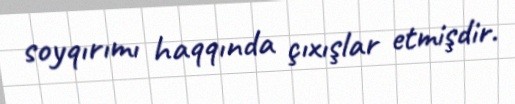
soyqırımı haqqında çıxışlar etmişdir.